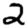
Digit: 2